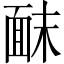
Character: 𫖀